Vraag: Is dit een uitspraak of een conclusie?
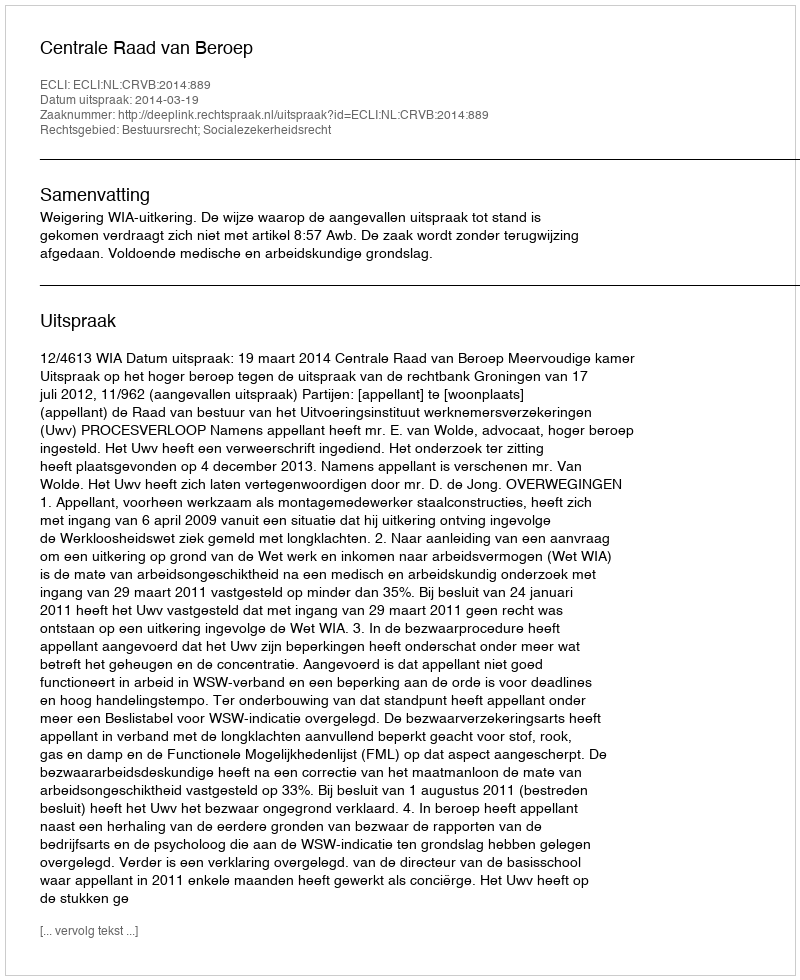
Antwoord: Uitspraak